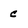
Character: c